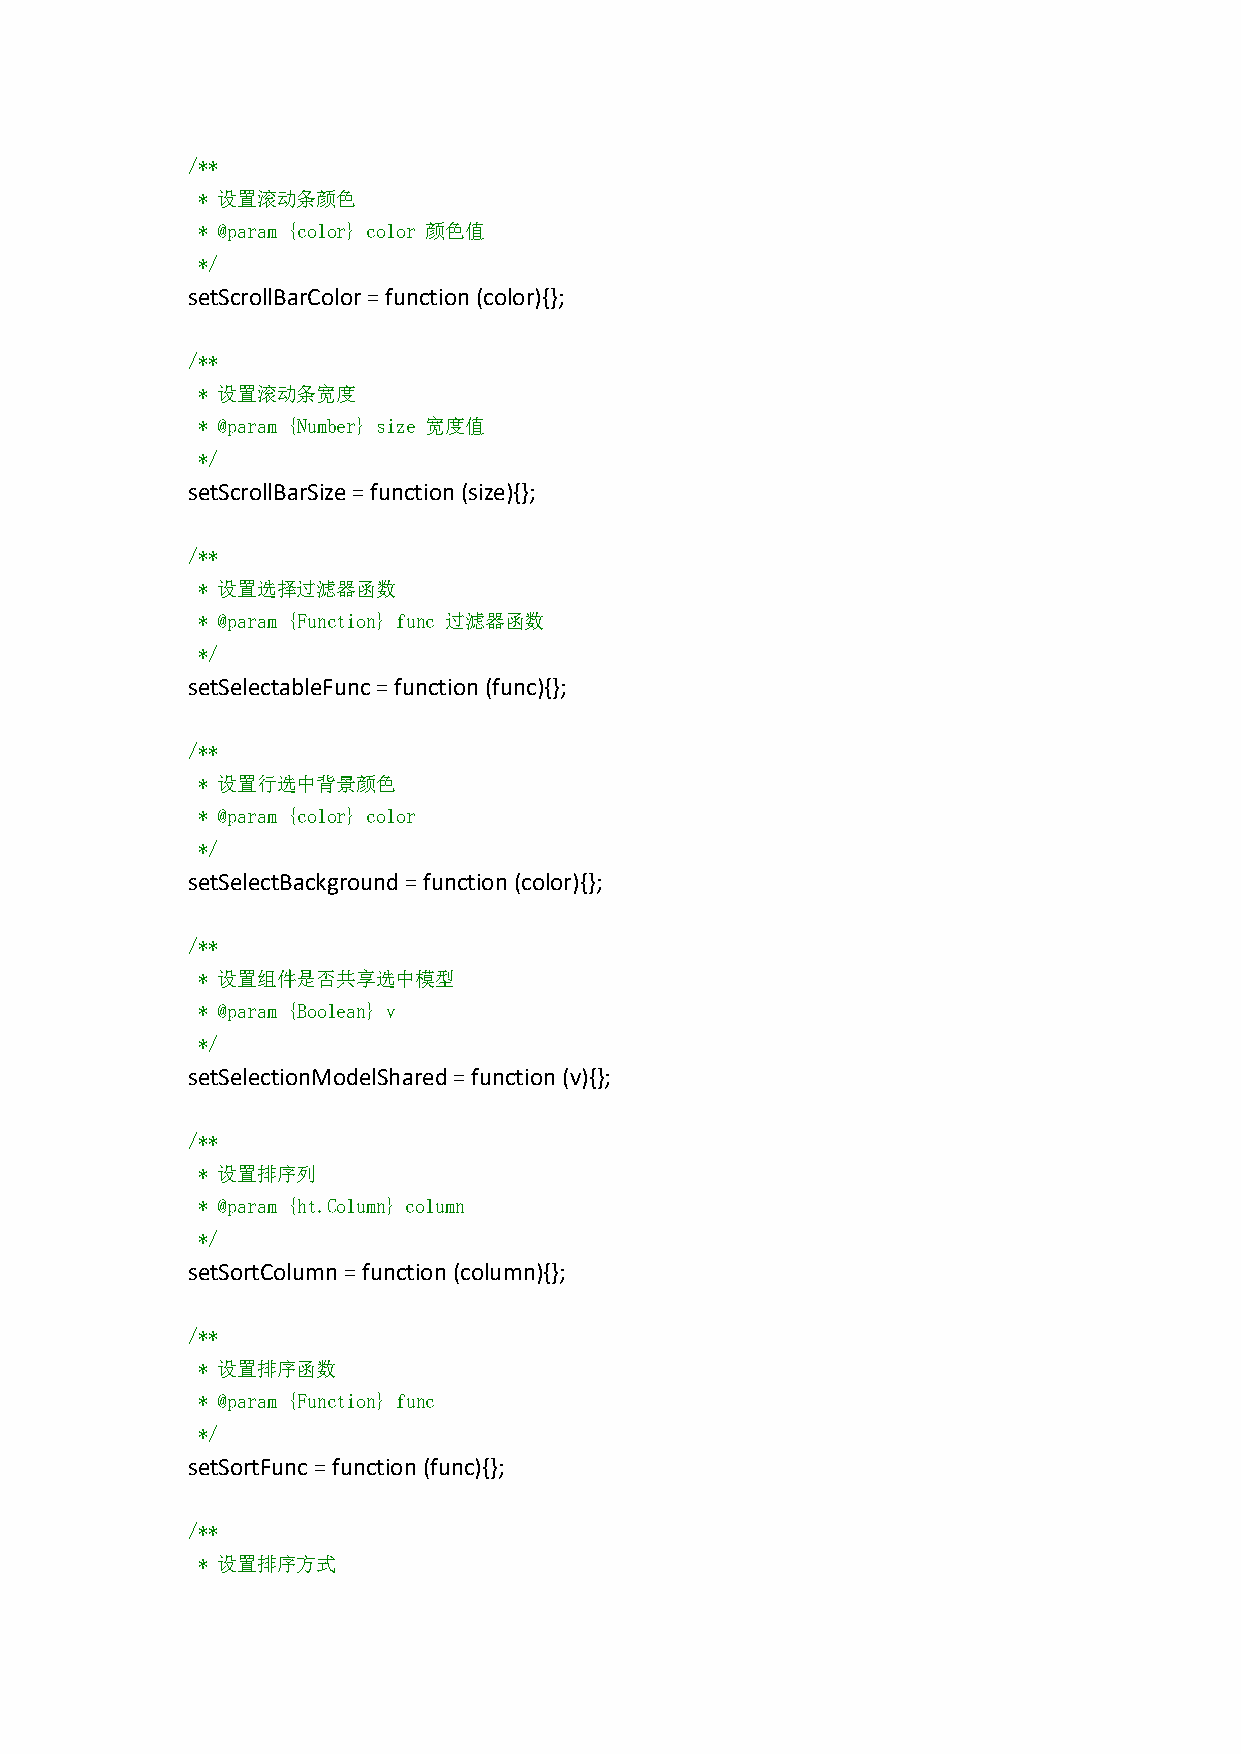
/**
 * 设置滚动条颜色
 * @param {color} color 颜色值
 */
 setScrollBarColor=function(color){};
 /**
 * 设置滚动条宽度
 * @param {Number} size 宽度值
 */
 setScrollBarSize=function(size){};
 /**
 * 设置选择过滤器函数
 * @param {Function} func 过滤器函数
 */
 setSelectableFunc=function(func){};
 /**
 * 设置行选中背景颜色
 * @param {color} color
 */
 setSelectBackground=function(color){};
 /**
 * 设置组件是否共享选中模型
 * @param {Boolean} v
 */
 setSelectionModelShared=function (v){};
 /**
 * 设置排序列
 * @param {ht.Column} column
 */
 setSortColumn=function(column){};
 /**
 * 设置排序函数
 * @param {Function} func
 */
 setSortFunc=function(func){};
 /**
 * 设置排序方式